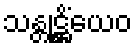
သန္တုဋ္ဌိံယေဝ